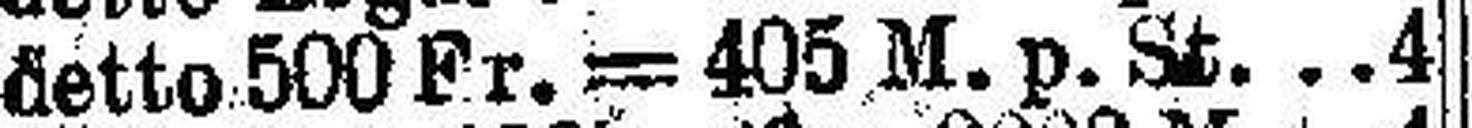
detto 500 Fr.-405 M. p. St. 4